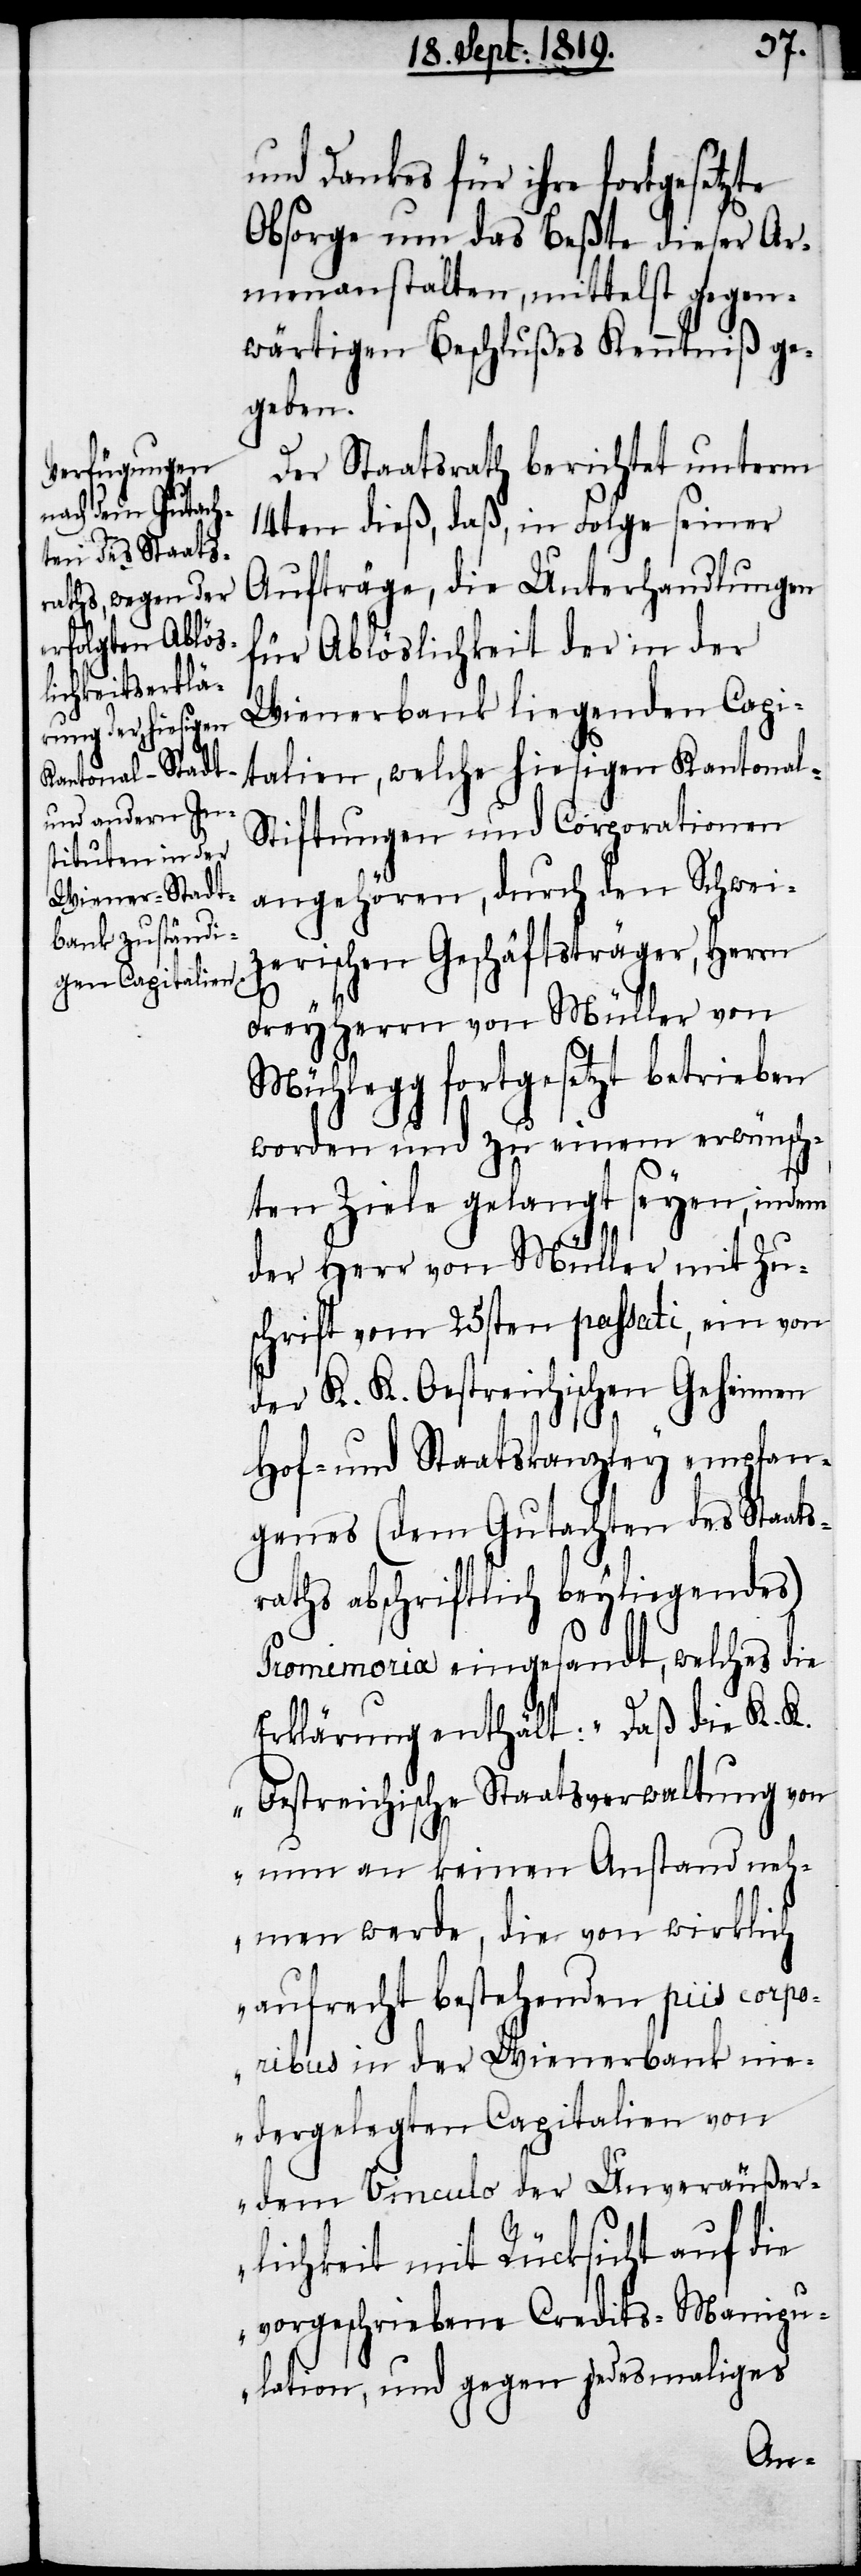
und Dankes für ihre fortgesetzte
Obsorge um das Beßte dieser Ar¬
menanstalten, mittelst gegen¬
wärtigen Beschlußes Kenntniß ge¬
geben.
Der Staatsrath berichtet unterm
14ten dieß, daß, in Folge seiner
Aufträge, die Unterhandlungen
für Ablöslichkeit der in der
Wienerbank liegenden Capi¬
talien, welche hiesigen Kantonal-S¬
tiftungen und Corporationen
angehören, durch den Schwei¬
zerischen Geschäftsträger, Herrn
Freyherrn von Müller von
Mühlegg fortgesetzt betrieben
worden und zu einem erwünsch¬
ten Ziele gelangt seyen, indem
der Herr von Müller mit Zu¬
schrift vom 25sten passati, ein von
der K. K. Oestreichischen Geheimen
Hof- und Staatskanzley empfan¬
genes (dem Gutachten des Staats¬
raths abschriftlich beyliegendes)
Promemoria eingesandt, welches die
Erklärung enthält: „Daß die K. K.
Oestreichische Staatsverwaltung von
nun an keinen Anstand neh¬
men werde, die von wirklich
aufrecht bestehenden piis corpor¬
ibus in der Wienerbank nie¬
dergelegten Capitalien von
dem Vinculo der Unveräußer¬
lichkeit mit Rücksicht auf die
vorgeschriebenene Credits- Manipu¬
lation, und gegen jedesmaliges